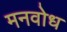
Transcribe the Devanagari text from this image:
मनवोध